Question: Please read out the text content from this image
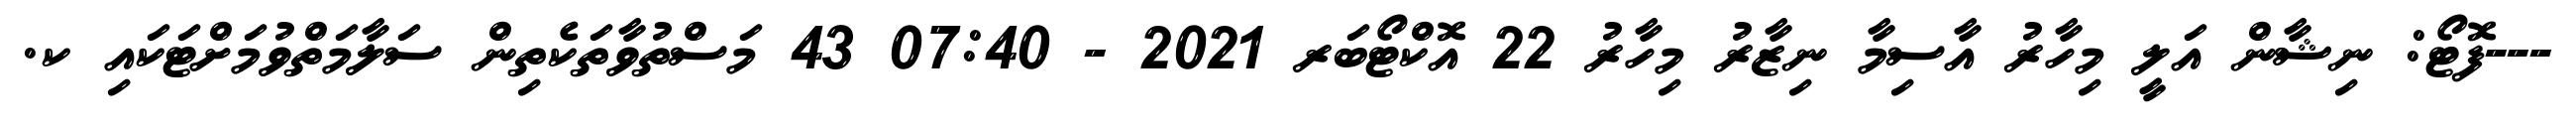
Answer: ---ފޮޓޯ: ނިޝާން އަލީ މިހާރު އާސިމާ ނިޒާރު މިހާރު 22 އޮކްޓޯބަރ 2021 - 07:40 43 މަސްތުވާތަކެތިން ސަލާމަތްވުމަށްޓަކައި ކ.